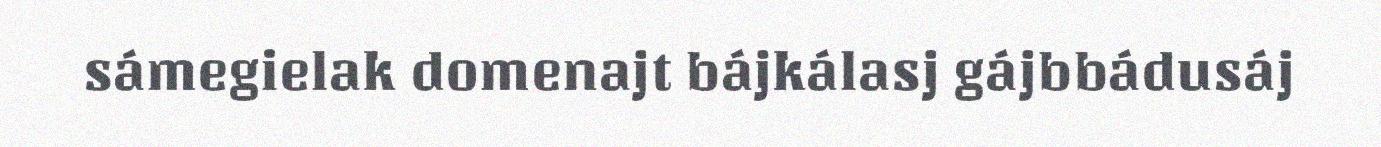
sámegielak domenajt bájkálasj gájbbádusáj